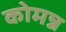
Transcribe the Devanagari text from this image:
कोमन्न